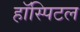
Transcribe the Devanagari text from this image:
हॉस्पिटल